Civil Veterinary Department. Central Provinces & Berar 1932-41 - 1932-1941
Year: 1932
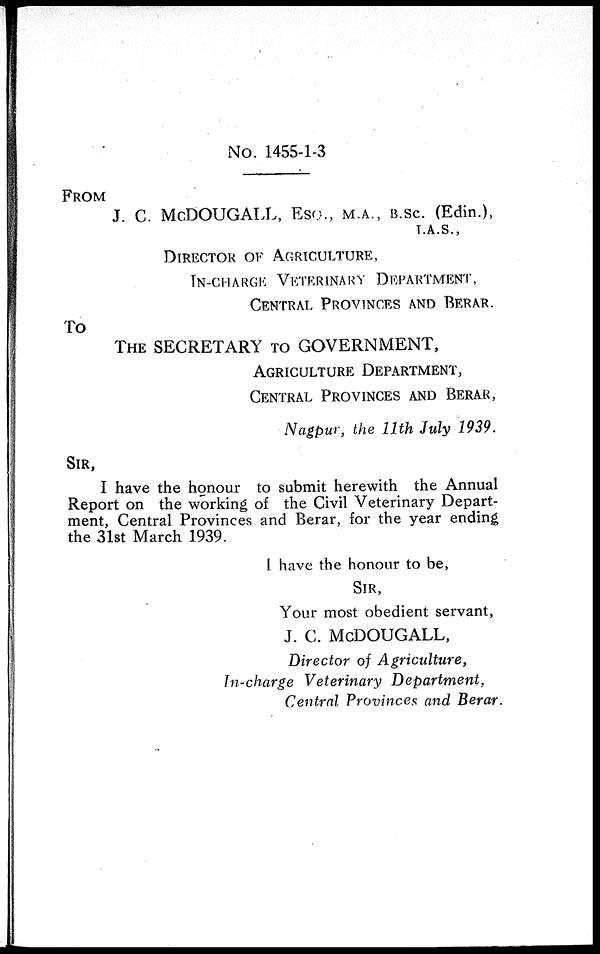
No. 1455-1-3
FROM
J. C. McDOUGALL, ESQ., M.A., B.SC. (Edin.),
I.A.S.,
DIRECTOR OF AGRICULTURE,
IN-CHARGE VETERINARY DEPARTMENT,
CENTRAL PROVINCES AND BERAR.
To
THE SECRETARY TO GOVERNMENT,
AGRICULTURE
DEPARTMENT,
CENTRAL PROVINCES AND BERAR,
Nagpur, the 11th July 1939.
SIR,
I have the honour to submit herewith the Annual
Report on the working of the Civil Veterinary Depart-
ment, Central Provinces and Berar, for the year ending
the 31st March 1939.
I have the honour to be,
SIR,
Your most obedient servant,
J. C. McDOUGALL,
Director of Agriculture,
In-charge Veterinary
Department,
Central Provinces and Berar.